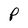
Character: P